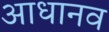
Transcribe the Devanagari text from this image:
आधानव